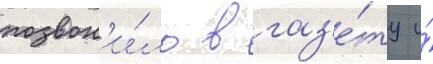
позвон'и́ло в газ'е́ту и́